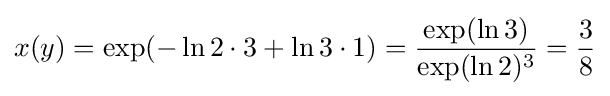
x(y)=\exp(-\ln 2\cdot 3+\ln 3\cdot 1)={\frac {\exp(\ln 3)}{\exp(\ln 2)^{3}}}={\frac {3}{8}}